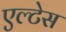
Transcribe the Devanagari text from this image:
एल्टेस